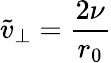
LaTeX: \tilde{v}_{\perp}=\frac{2\nu}{r_{0}}